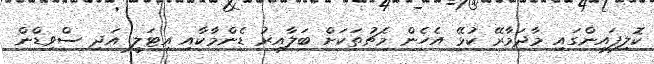
ކޮލިފައިންގައި މާދަމާރޭ ކުޅޭ އެހެން މެޗުތަކަށް ބަލާއިރު ޑެންމާކާއި އިޓަލީ އަދި ސްވިޑްން